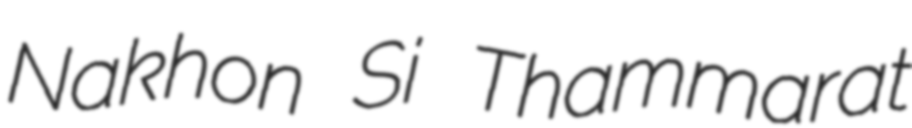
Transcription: Nakhon Si Thammarat